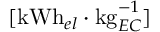
[ \mathrm { k W h } _ { e l } \cdot \mathrm { k g } _ { E C } ^ { - 1 } ]